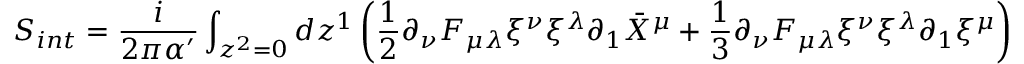
S _ { i n t } = \frac { i } { 2 \pi \alpha ^ { \prime } } \int _ { z ^ { 2 } = 0 } d z ^ { 1 } \left( \frac { 1 } { 2 } \partial _ { \nu } F _ { \mu \lambda } \xi ^ { \nu } \xi ^ { \lambda } \partial _ { 1 } \bar { X } ^ { \mu } + \frac { 1 } { 3 } \partial _ { \nu } F _ { \mu \lambda } \xi ^ { \nu } \xi ^ { \lambda } \partial _ { 1 } \xi ^ { \mu } \right) .